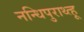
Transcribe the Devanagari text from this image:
नन्धिपुराथ्त्हू